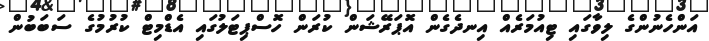
އަންހެނުންގެ ލިވާގައި ޓިއުމަރެއް އިނދެގެން އޮޕަރޭޝަން ކުރަން ހޮސްޕިޓަލުގައި އެޑްމިޓް ކުރުމުގެ ސަބަބުން